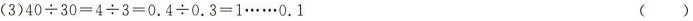
(3)$$40\div 30=4\div 3=0.4\div 0.3=1\cdots \cdots 0.1$$ ()